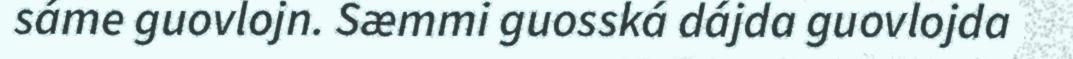
sáme guovlojn. Sæmmi guosská dájda guovlojda